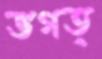
ভগত্